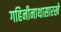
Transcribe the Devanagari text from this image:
गहिनीनाथासारखे